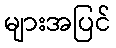
များအပြင်